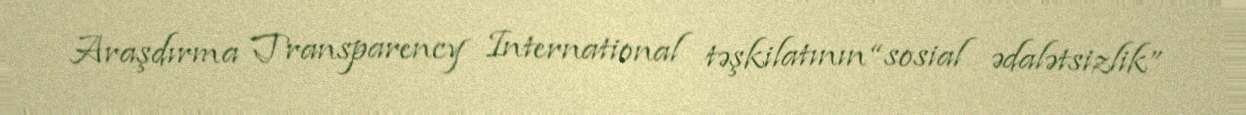
Araşdırma Transparency International təşkilatının “sosial ədalətsizlik”